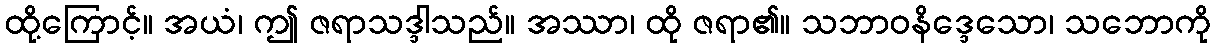
ထို့ကြောင့်။ အယံ၊ ဤ ဇရာသဒ္ဒါသည်။ အဿာ၊ ထို ဇရာ၏။ သဘာဝနိဒ္ဒေသော၊ သဘောကို